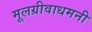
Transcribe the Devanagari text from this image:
मूलग्रीवाधमनी